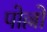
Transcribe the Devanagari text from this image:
पोल्लो